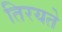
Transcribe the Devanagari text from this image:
तिरयते